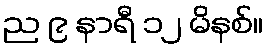
ည ၉ နာရီ ၁၂ မိနစ်။